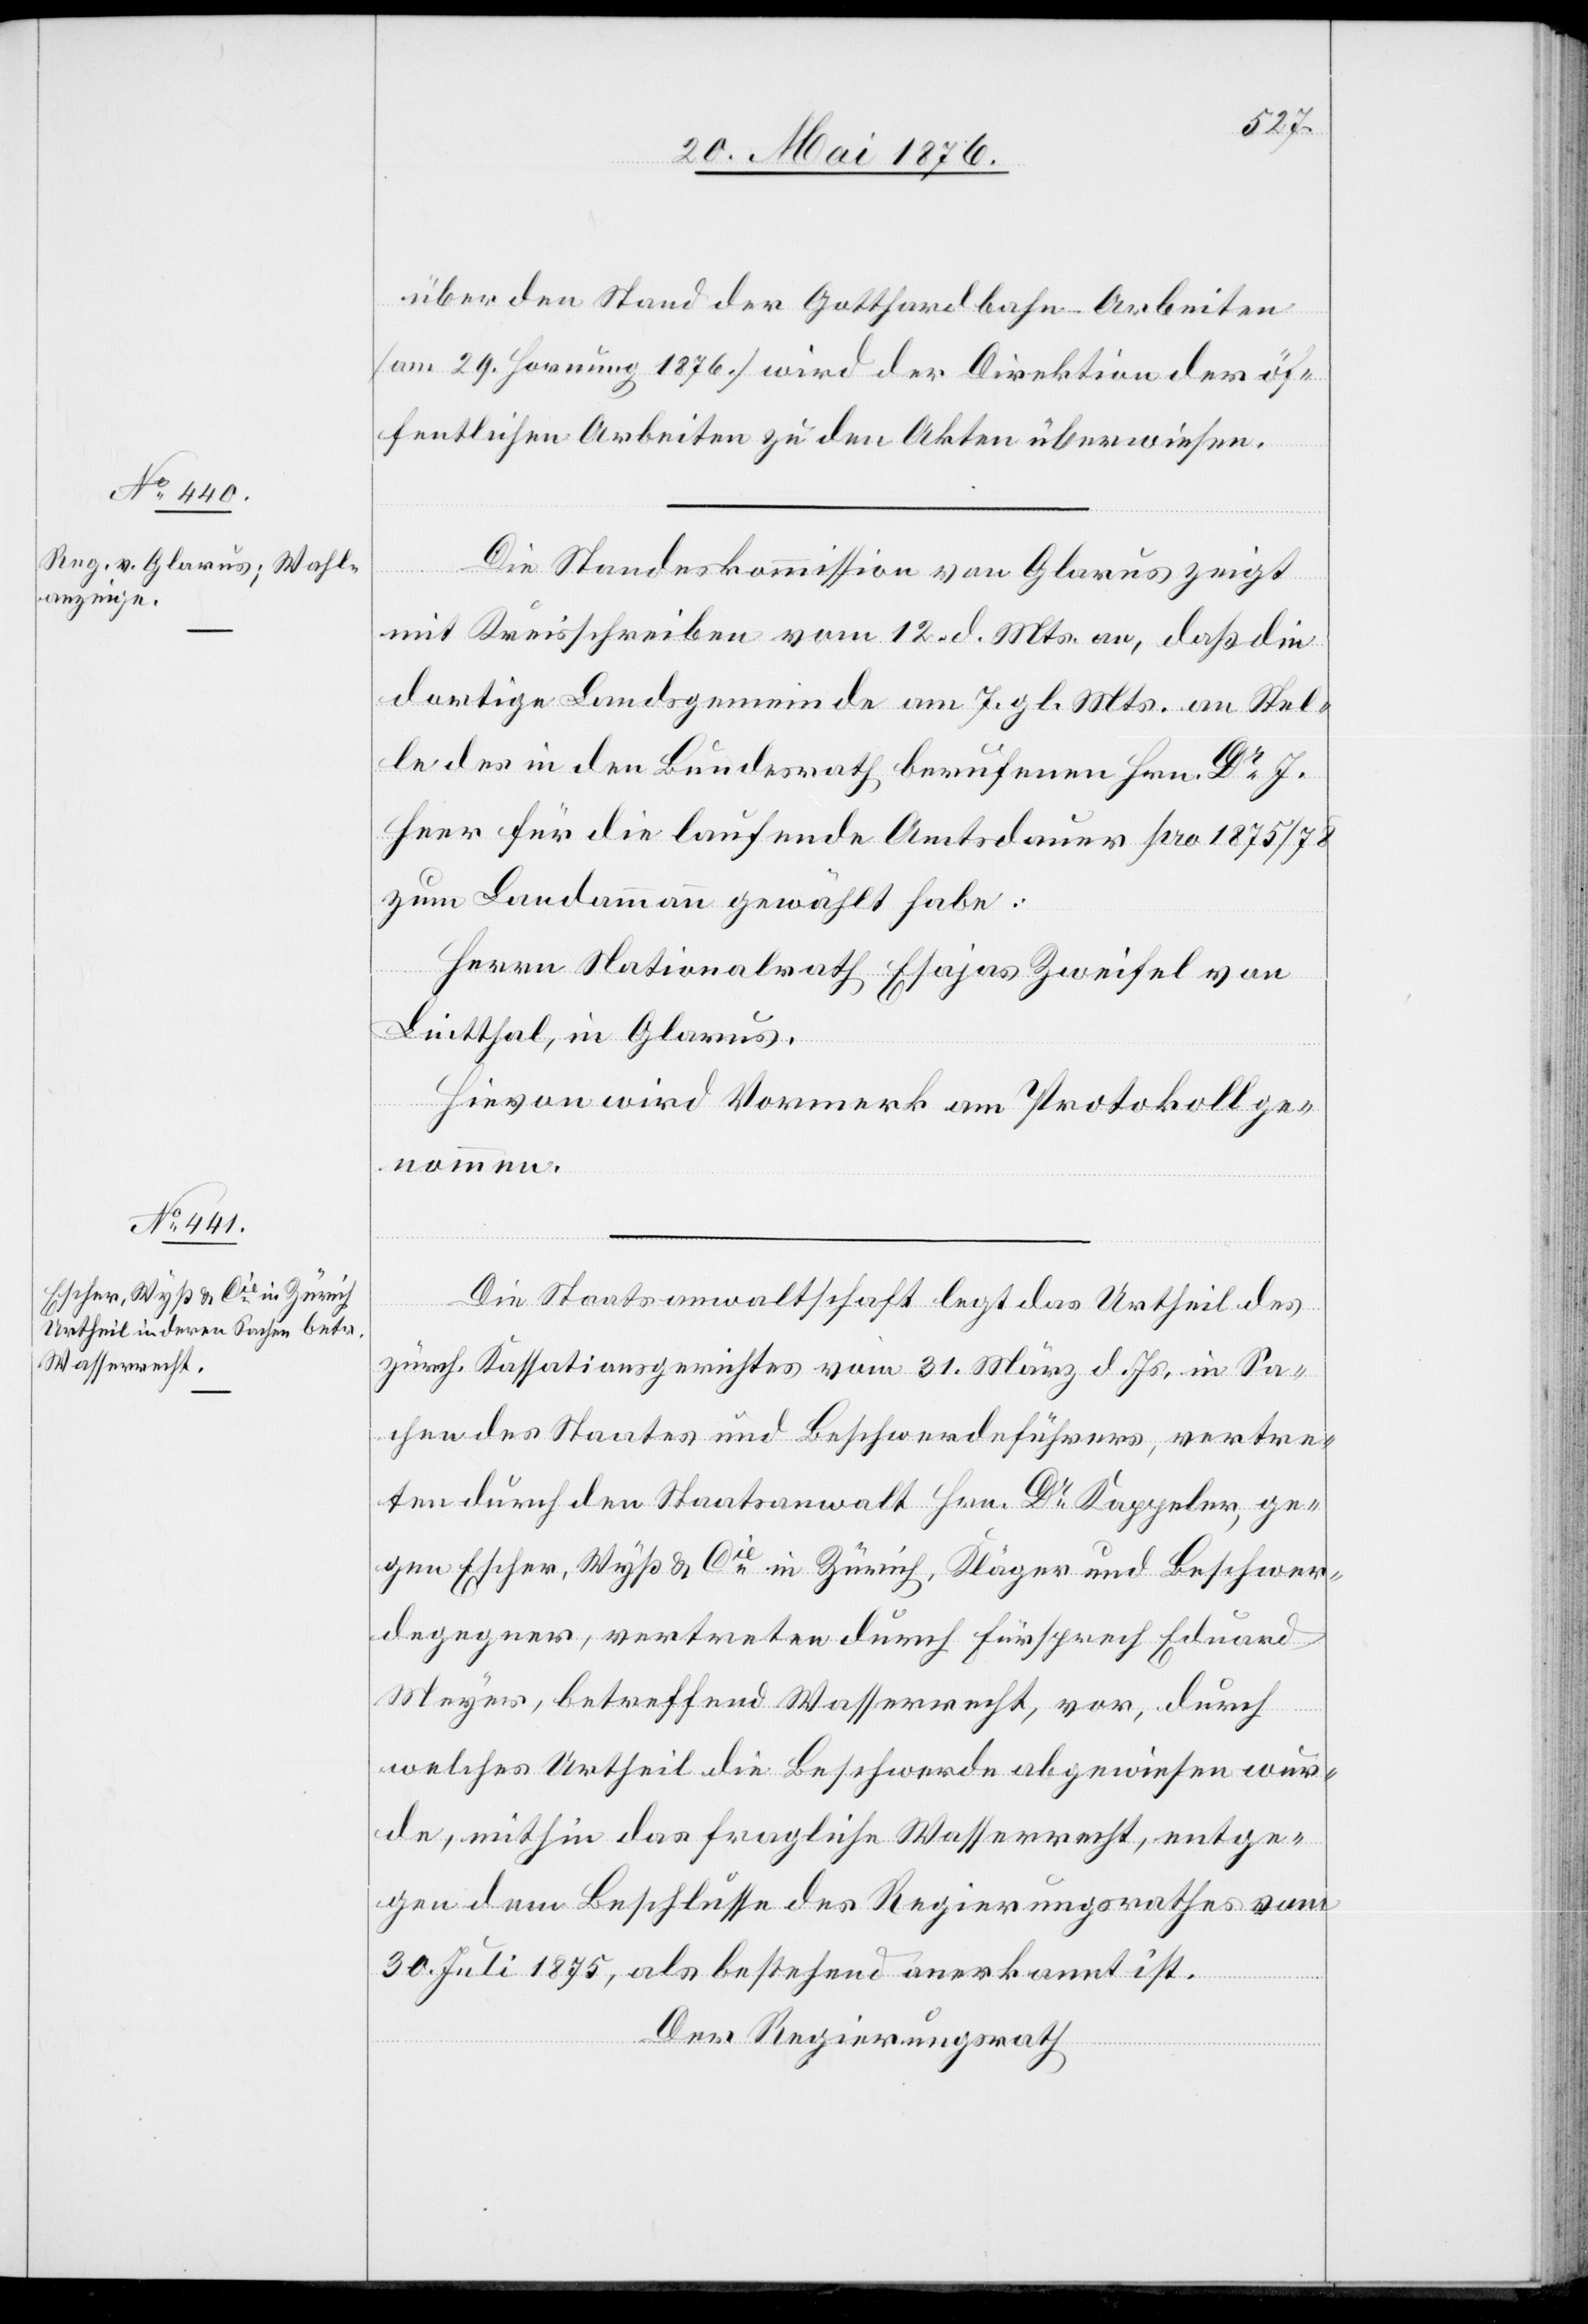
über den Stand der Gotthardbahn-Arbeiten
[am 29. Hornung 1876] wird der Direktion der öf¬
fentlichen Arbeiten zu den Akten überwiesen.
Die Standeskommission von Glarus zeigt
mit Kreisschreiben vom 12. d. Mts. an, daß die
dortige Landsgemeinde am 7. gl. Mts. an Stel¬
le des in den Bundesrath berufenen Hrn. Dr J.
Heer für die laufende Amtsdauer pro 1875/78
zum Landammann gewählt habe:
Herrn Nationalrath Esajas Zweifel von
Lintthal, in Glarus.
Hievon wird Vormerk am Protokoll ge¬
nommen.
Die Staatsanwaltschaft legt das Urtheil des
zürch. Kassationsgerichtes vom 31. März d. Js. in Sa¬
chen des Staates und Beschwerdeführers, vertre¬
ten durch den Staatsanwalt Hrn. Dr Kappeler, ge¬
gen Escher, Wyß & Cie in Zürich, Kläger und Beschwer¬
degegner, vertreten durch Fürsprech Eduard
Meyer, betreffen Wasserrecht, vor, durch
welches Urtheil die Beschwerde abgewiesen wur¬
de, mithin das fragliche Wasserrecht, entge¬
gen dem Beschlusse des Regierungsrathes vom
30. Juli 1875, als bestehend anerkannt ist.
Der Regierungsrath